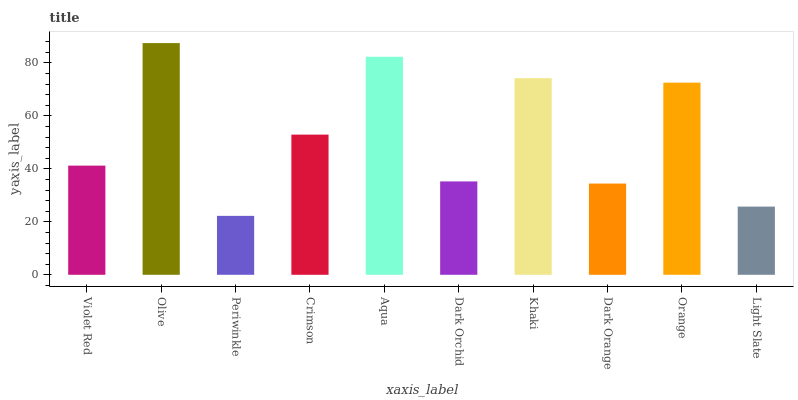
| xaxis_label | bars |
 | --- | --- |
 | Violet Red | 41.2 |
 | Olive | 87.5 |
 | Periwinkle | 22.3 |
 | Crimson | 52.9 |
 | Aqua | 82.3 |
 | Dark Orchid | 35.3 |
 | Khaki | 74.3 |
 | Dark Orange | 34.5 |
 | Orange | 72.6 |
 | Light Slate | 25.8 |